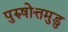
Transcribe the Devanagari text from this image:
पुरुषोत्तमुडु